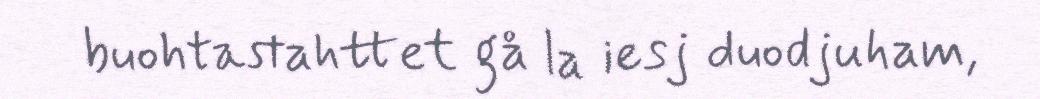
buohtastahttet gå la iesj duodjuham,